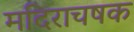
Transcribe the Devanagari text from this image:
मदिराचषक